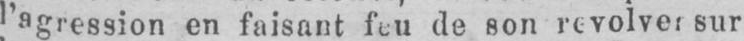
sur